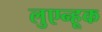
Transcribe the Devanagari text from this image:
लुएन्हूक